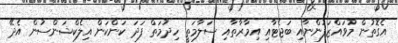
އެގޮތުން މުވައްޒަފުންނާއި ބަޖެޓާއި އިމާރާތާއި ސަލާމަތީ ހިދުމަތް ފަދަ ކަންކަން އިލެކްޝަންސުން އެދޭ